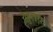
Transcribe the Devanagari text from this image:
ख़ुराक़